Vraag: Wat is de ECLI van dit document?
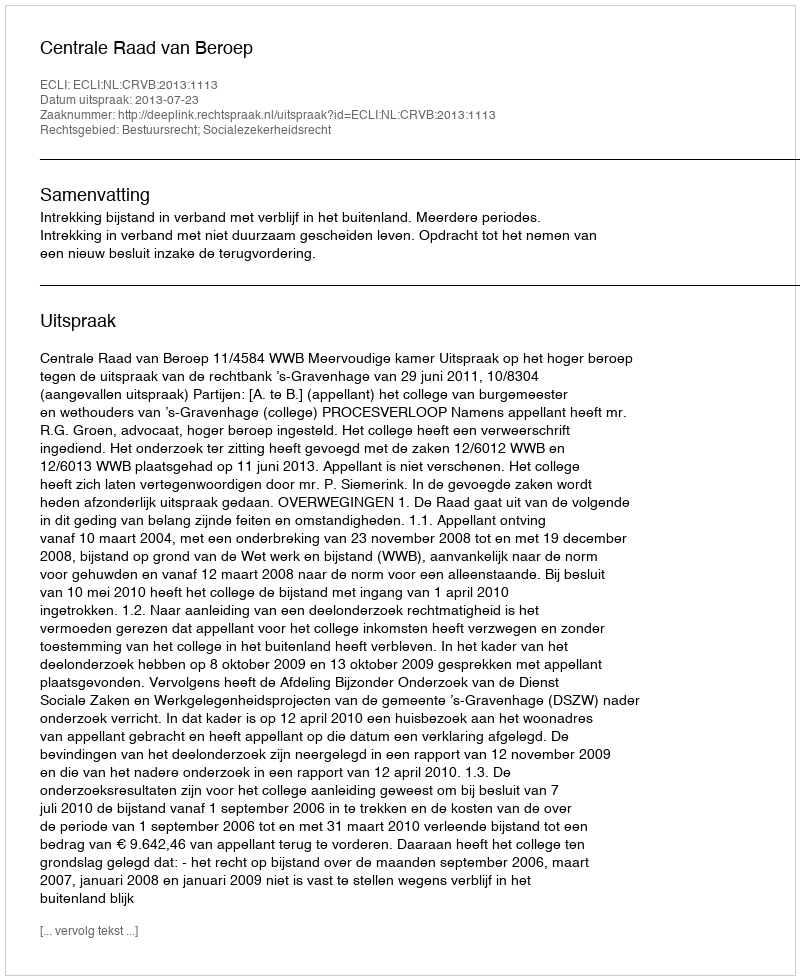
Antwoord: ECLI:NL:CRVB:2013:1113